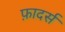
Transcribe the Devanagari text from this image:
फ़ादर्स